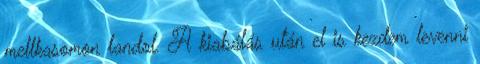
mellkasomon landol. A kiabálás után el is kezdem levenni